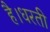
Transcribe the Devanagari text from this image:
है।धरती